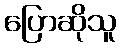
ပြောဆိုသူ